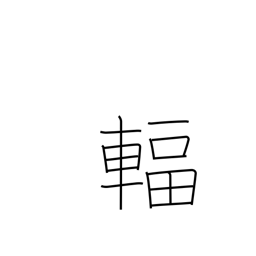
Meaning: spoke (wheel)